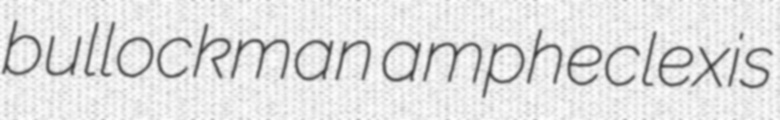
bullockman ampheclexis